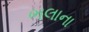
ભલાના